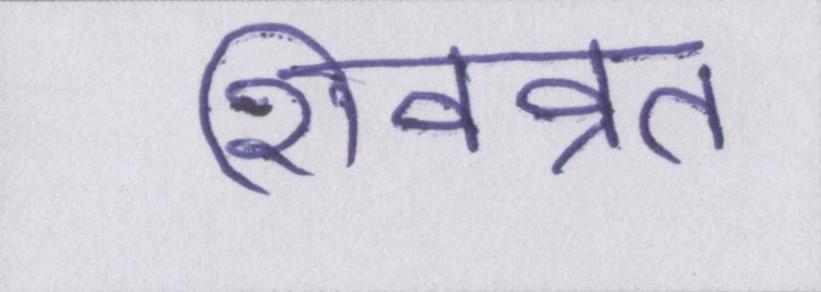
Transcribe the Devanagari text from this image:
शिवव्रत